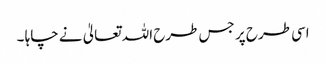
اسی طرح پر جس طرح اللہ تعالیٰ نے چاہا ۔